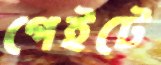
গেইটে